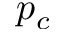
p _ { c }